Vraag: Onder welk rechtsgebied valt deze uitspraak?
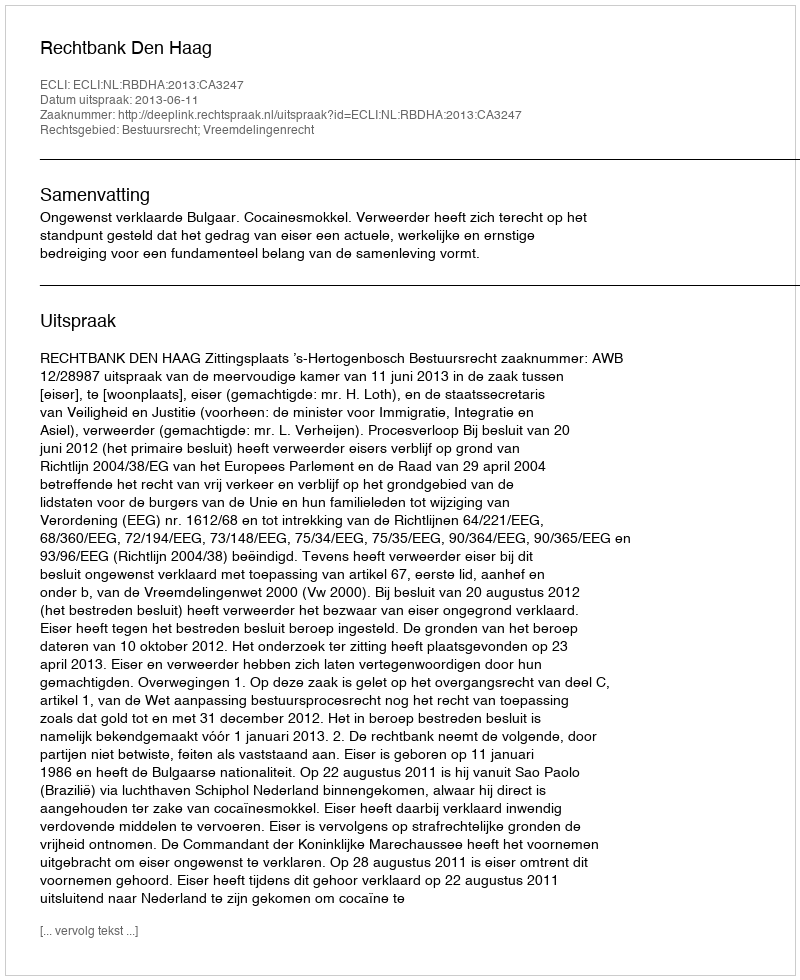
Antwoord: Bestuursrecht; Vreemdelingenrecht